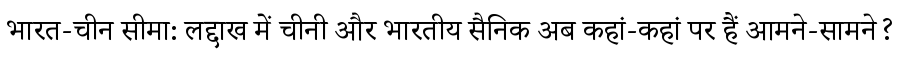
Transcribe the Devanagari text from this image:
भारत-चीन सीमा: लद्दाख में चीनी और भारतीय सैनिक अब कहां-कहां पर हैं आमने-सामने?